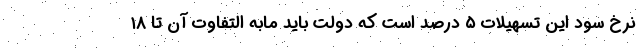
نرخ سود این تسهیلات ۵ درصد است که دولت باید مابه التفاوت آن تا ۱۸